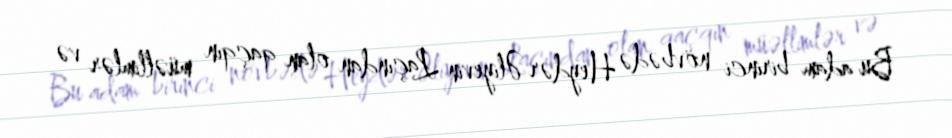
Bu adam birinci növbədə Heydər Əliyevin Laçından olan qaçqın müəllimlər və